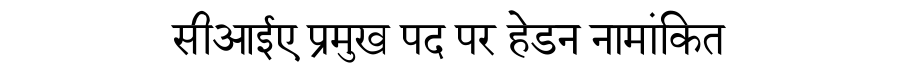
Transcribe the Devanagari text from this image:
सीआईए प्रमुख पद पर हेडन नामांकित